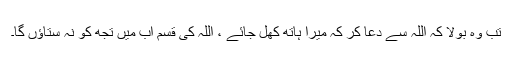
تب وہ بولا کہ اللہ سے دعا کر کہ میرا ہاتھ کھل جائے ، اللہ کی قسم اب میں تجھ کو نہ ستاؤں گا۔